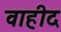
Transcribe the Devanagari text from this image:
वाहीद